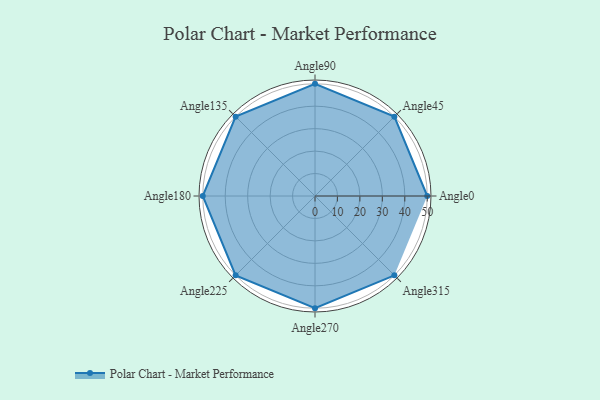
{"axis": {"x": "Angle", "y": "Radius"}, "legend": [""], "data": [{"x": "Angle0", "y": 50, "type": ""}, {"x": "Angle45", "y": 50, "type": ""}, {"x": "Angle90", "y": 50, "type": ""}, {"x": "Angle135", "y": 50, "type": ""}, {"x": "Angle180", "y": 50, "type": ""}, {"x": "Angle225", "y": 50, "type": ""}, {"x": "Angle270", "y": 50, "type": ""}, {"x": "Angle315", "y": 50, "type": ""}]}